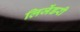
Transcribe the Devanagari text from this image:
लिजेंडरी